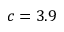
c = 3 . 9